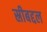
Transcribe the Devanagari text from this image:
स्रीबद्दल